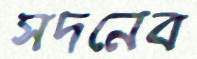
সদনেব